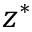
z ^ { * }